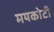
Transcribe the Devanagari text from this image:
मयकोटी